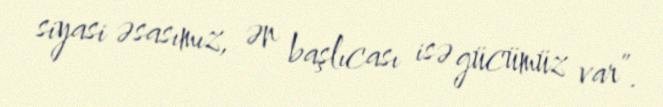
siyasi əsasımız, ən başlıcası isə gücümüz var”.